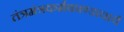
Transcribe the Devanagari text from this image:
तंत्रमंत्रकर्मकाण्डाचार्य